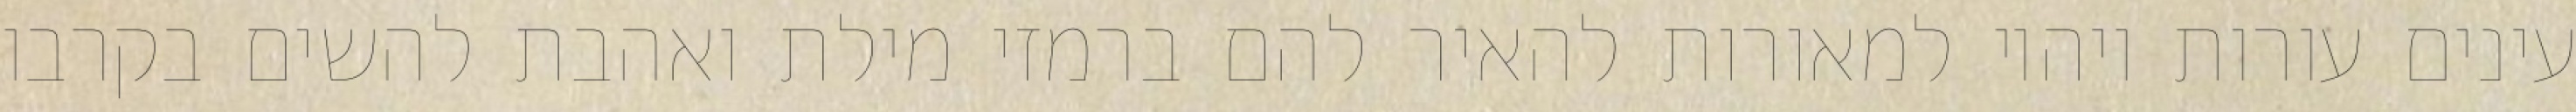
עינים עורות ויהיו למאורות להאיר להם ברמזי מילת ואהבת להשים בקרבו